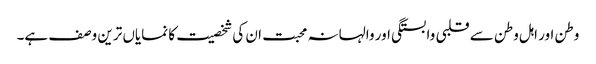
وطن اور اہل وطن سے قلبی وابستگی اور والہانہ محبت ان کی شخصیت کا نمایاں ترین وصف ہے۔